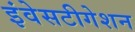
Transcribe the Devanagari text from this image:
इंवेसटीगेशन